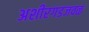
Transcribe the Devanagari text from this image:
अशीरगडजवळ